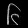
Digit: ၆